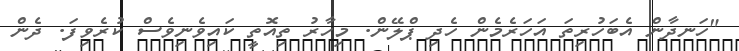
"ހަނދާން އެބަހުރިތަ އަހަރެމެން ހެދި ޕްލޭން. މިހާރު ތިއޮތީ ކައިވެނިވެސް ކުރެވިފަ. ދެން